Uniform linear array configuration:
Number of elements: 48
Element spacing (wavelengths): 0.5
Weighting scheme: uniform
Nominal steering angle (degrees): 0
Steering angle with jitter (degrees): -1.019
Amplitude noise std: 0.05
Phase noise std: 0.05

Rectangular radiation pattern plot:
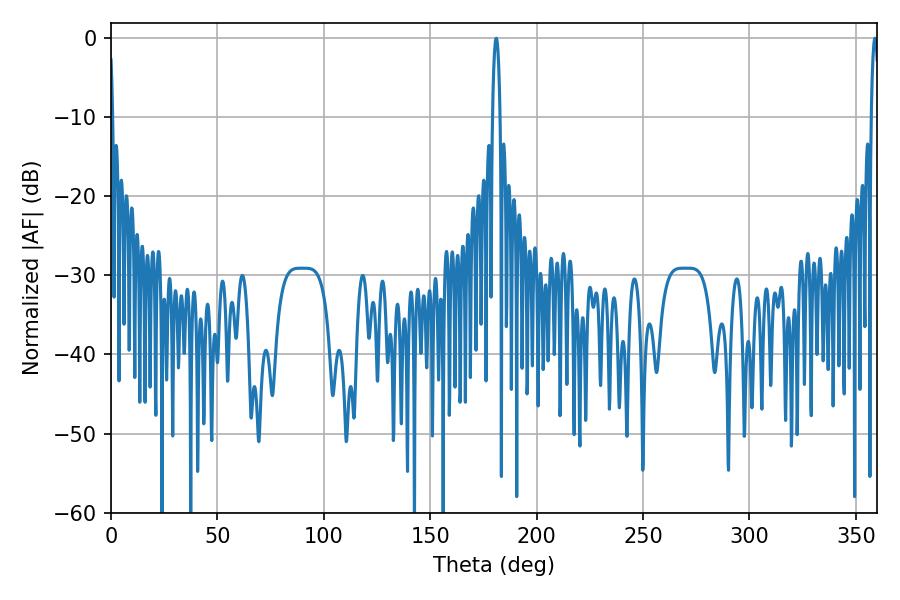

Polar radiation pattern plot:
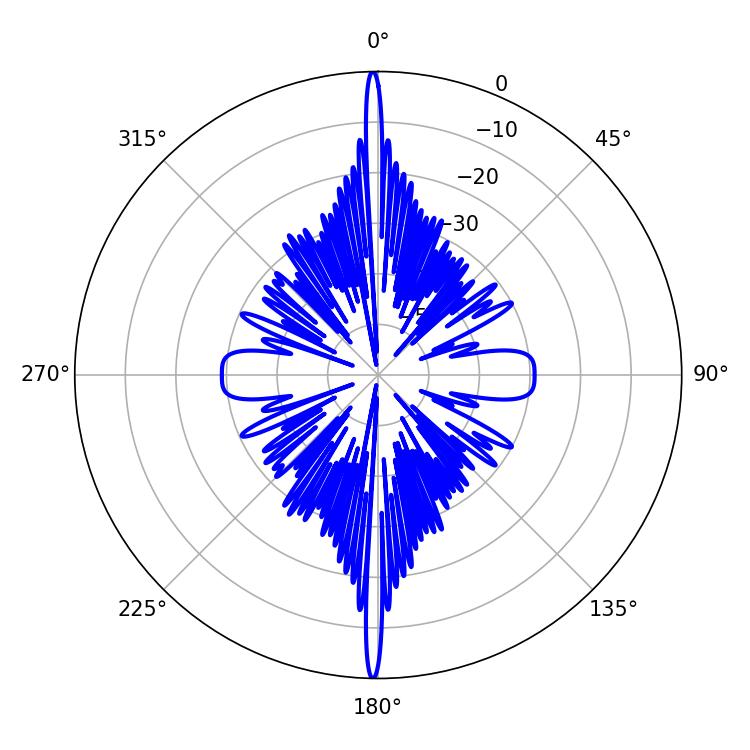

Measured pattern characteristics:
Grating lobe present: FALSE
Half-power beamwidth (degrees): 1.98
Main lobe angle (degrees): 358.92